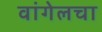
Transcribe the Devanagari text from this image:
वांगेलचा